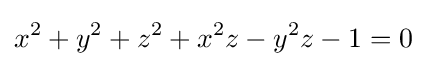
x^{2}+y^{2}+z^{2}+x^{2}z-y^{2}z-1=0